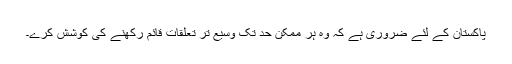
پاکستان کے لئے ضروری ہے کہ وہ ہر ممکن حد تک وسیع تر تعلقات قائم رکھنے کی کوشش کرے۔